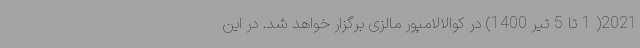
2021( 1 تا 5 تیر 1400) در کوالالامپور مالزی برگزار خواهد شد. در این